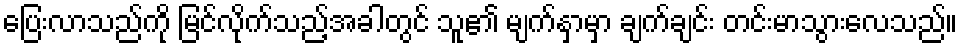
ပြေးလာသည်ကို မြင်လိုက်သည့်အခါတွင် သူ၏ မျက်နှာမှာ ချက်ချင်း တင်းမာသွားလေသည်။